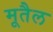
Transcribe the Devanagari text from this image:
मूतैल